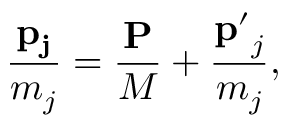
\frac { { \bf p _ { j } } } { m _ { j } } = \frac { { \bf P } } { M } + \frac { { \bf p ^ { \prime } } _ { j } } { m _ { j } } ,